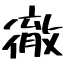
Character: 徹